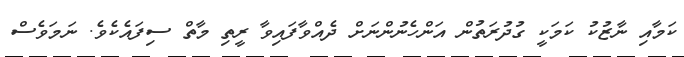
ކަމާއި ނާޒުކު ކަމަކީ ގުދުރަތުން އަންހެނުންނަށް ދެއްވާފައިވާ ރީތި މާތް ސިފައެކެވެ. ނަމަވެސް